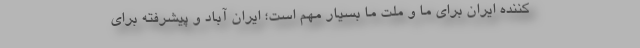
کننده ایران برای ما و ملت ما بسیار مهم است؛ ایران آباد و پیشرفته برای